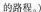
的路程。)